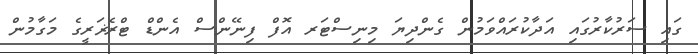
ގައި ސަރުކާރުގައި އަދާކުރައްވަމުން ގެންދިޔަ މިނިސްޓަރ އޮފް ފިނޭންސް އެންޑް ޓްރެޜަރީގެ މަގާމުން